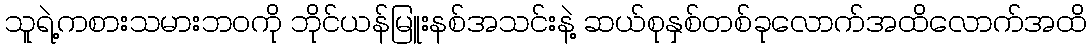
သူရဲ့ကစားသမားဘဝကို ဘိုင်ယန်မြူးနစ်အသင်းနဲ့ ဆယ်စုနှစ်တစ်ခုလောက်အထိလောက်အထိ